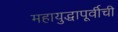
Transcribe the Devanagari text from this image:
महायुद्धापूर्वीची